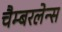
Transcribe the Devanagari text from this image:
चैम्बरलेन्स